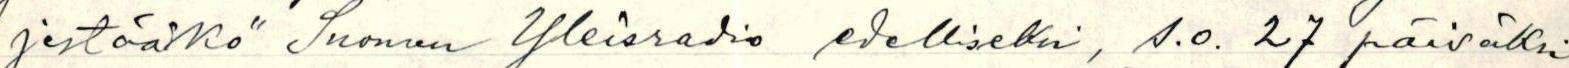
jestääkö Suomen Yleisradio edelliseksi, s.o. 27 päiväksi